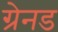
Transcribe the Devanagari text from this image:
ग्रेनड